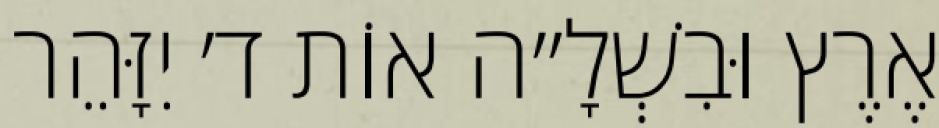
אֶרֶץ וּבִשְׁלָ״ה אוֹת ד׳ יִזָּהֵר